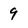
Character: 9